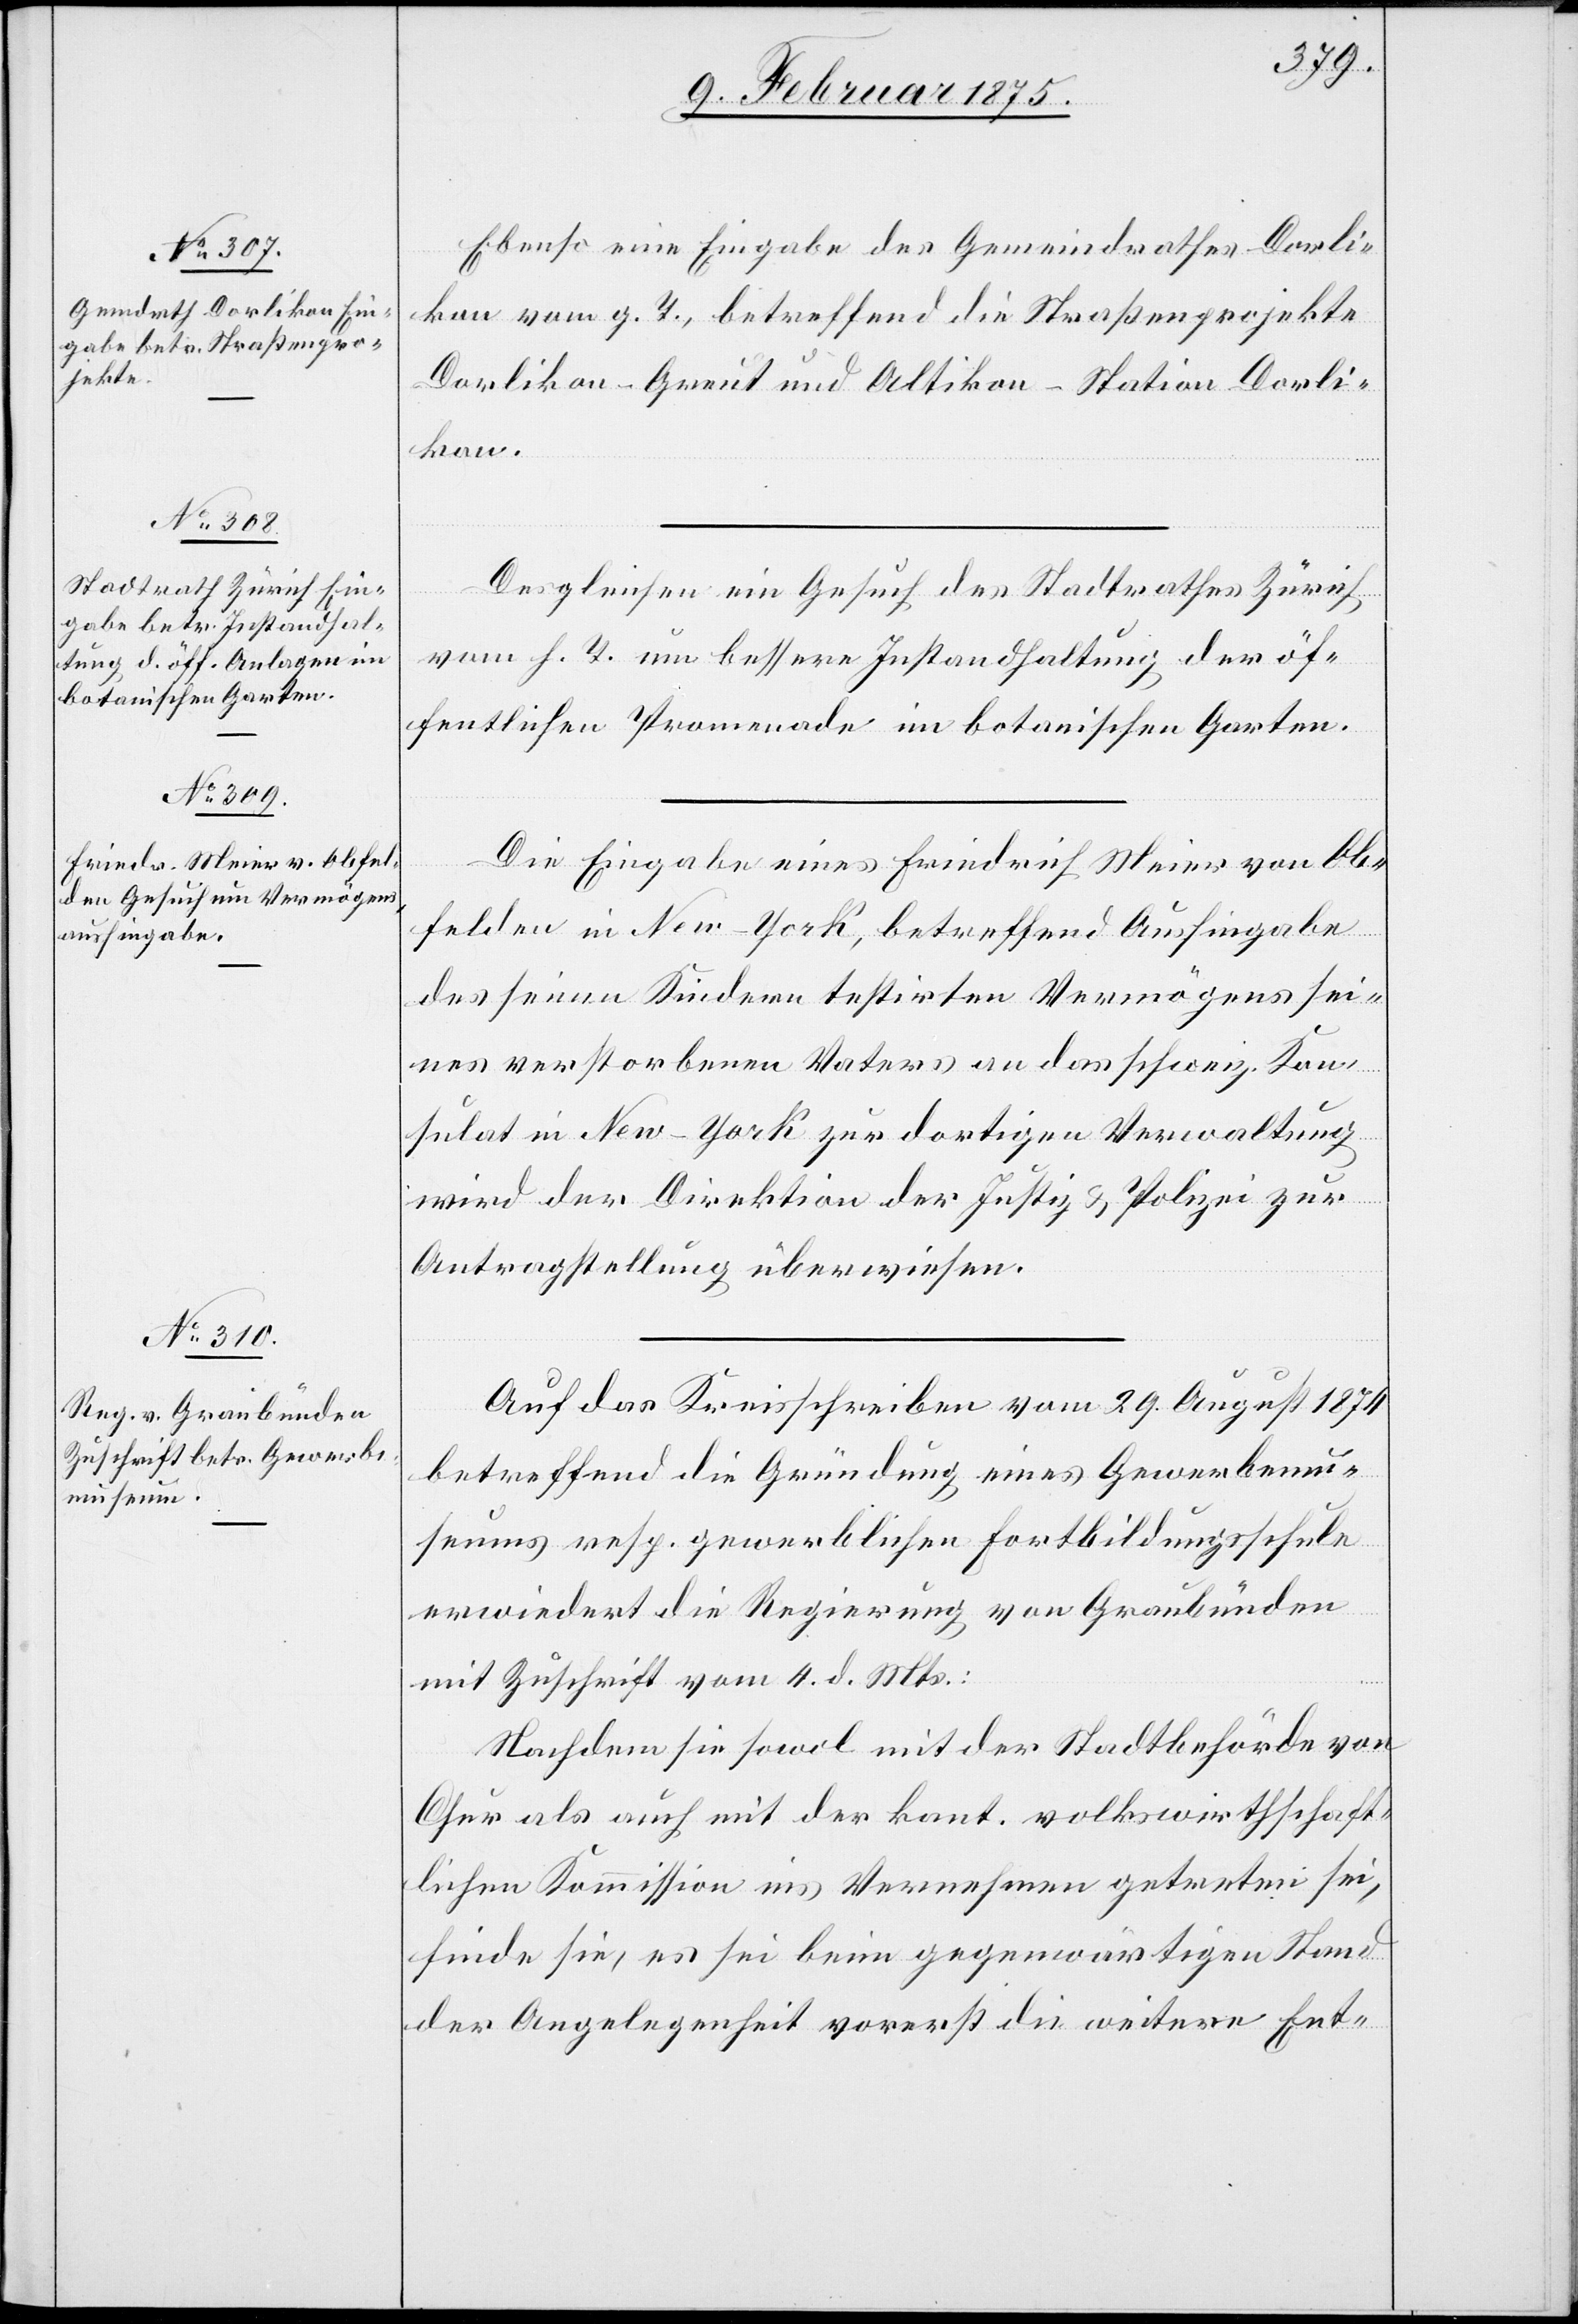
9. Februar 1875.]
Ebenso eine Eingabe des Gemeindrathes Dorli¬
kon vom g. T., betreffend die Straßenprojekte
Dorlikon–Greut und Altikon–Station Dorli¬
kon.
Desgleichen ein Gesuch des Stadtrathes Zürich
vom h. T. um bessere Instandstellung der öf¬
fentlichen Promenade im botanischen Garten.
Die Eingabe eines Friedrich Meier von Ob¬
felden in New-York, betreffend Aushingabe
des seinen Kindern testirten Vermögens sei¬
nes verstorbenen Vaters an das schweiz. Kon¬
sulat in New-York zur dortigen Verwaltung
wird der Direktion der Justiz & Polizei zur
Antragstellung überwiesen.
Auf das Kreisschreiben vom 29. August 1874
betreffend die Gründung eines Gewerbemu¬
seums resp. gewerblichen Fortbildungsschule
erwiedert die Regierung von Graubünden
mit Zuschrift vom 4. d. Mts:
Nachdem sie sowol mit der Stadtbehörde von
Chur als auch mit der kant. volkswirtschaft¬
lichen Kommission ins Vernehmen getreten sei,
finde sie, es sei beim gegenwärtigen Stand
der Angelegenheit vorerst die weitere Ent-